Civil Veterinary Dept. Assam report 1911-1927 - 1911-1927
Year: 1911
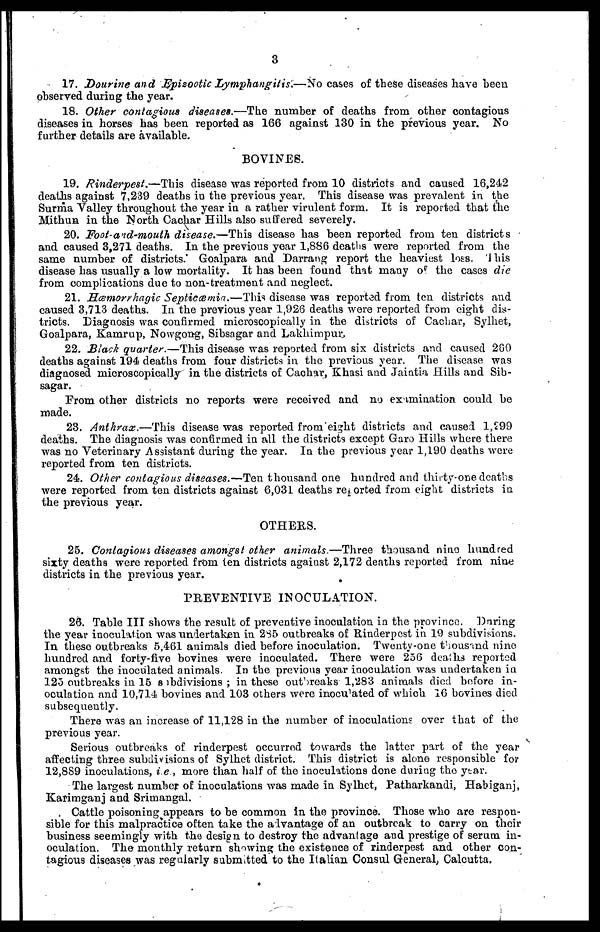
3
17. Dourine and Epizootic Lymphangitis.—No cases of these diseases have been
observed during the year.
18. Other contagious diseases.—The number of deaths from other contagious
diseases in horses has been reported as 166 against 130 in the previous year. No
further details are available.
BOVINES.
19. Rinderpest,—This disease was reported from 10 districts and caused 16,242
deaths against 7,239 deaths in the previous year. This disease was prevalent in the
Surma Valley throughout the year in a rather virulent form. It is reported that the
Mithun in the North Cachar Hills also suffered severely.
20. Foot-and-mouth disease.—This disease has been reported from ten districts
and caused 3,271 deaths. In the previous year 1,886 deaths were reported from the
same number of districts. Goalpara and Darrang report the heaviest loss This
disease has usually a low mortality. It has been found that many of the cases die
from complications due to non-treatment and neglect.
21. Hæmorrhagic Septicæmia.—This disease was reported from ten districts and
caused 3,713 deaths. In the previous year 1,926 deaths were reported from eight dis-
tricts. Diagnosis was confirmed microscopically in the districts of Cachar., Sylhet,
Goalpara, Kamrup, Nowgong, Sibsagar and Lakhimpur.
22. Black quarter.—This disease was reported from six districts and caused 280
deaths against 194 deaths from four districts in the previous year. The disease was
diagnosed microscopically in the districts of Cachar, Khasi and Jaintia Hills and Sib-
sagar.
From other districts no reports were received and no eximination could be
made.
23. Anthrax.—This disease was reported from eight districts and caused 1,299
deaths. The diagnosis was confirmed in all the districts except Garo Hills where there
was no Veterinary Assistant during the year. In the previous year 1,190 deaths were
reported from ten districts.
24. Other contagious diseases.—Ten thousand one hundred and thirty-one deaths
were reported from ten districts against 6,031 deaths reported from eight districts in
the previous year.
OTHERS.
25. Contagious diseases amongst other animals.—Three thousand nine hundred
sixty deaths were reported from ten districts against 2,172 deaths reported from nine
districts in the previous year.
PREVENTIVE INOCULATION.
26. Table III shows the result of preventive inoculation in the province. Daring
the year inoculation was undertaken in 285 outbreaks of Rinderpest in 19 subdivisions.
In these outbreaks 5,461 animals died before inoculation. Twenty-one thousand nine
hundred and forty-five bovines were inoculated. There were 256 deaths reported
amongst the inoculated animals. In the previous year inoculation was undertaken in
125 outbreaks in 15 subdivisions ; in these outbreaks 1,283 animals died before in-
oculation and 10,714 bovines and 103 others were inoculated of which 16 bovines died
subsequently.
There was an increase of 11,128 in the number of inoculations over that of the
previous year.
Serious outbreaks of rinderpest occurred towards the latter part of the year
affecting three subdivisions of Sylhet district. This district is alone responsible for
12,889 inoculations, i e , more than half of the inoculations done during the year.
The largest number of inoculations was made in Sylhet, Patharkandi, Habiganj,
Karimganj and Srimangal.
Cattle poisoning appears to be common in the province. Those who are respon-
sible for this malpractice often take the advantage of an outbreak to carry on their
business seemingly with the design to destroy the advantage and prestige of serum in-
oculation. The monthly return showing the existence of rinderpest and other con-
tagious diseases was regularly submitted to the Italian Consul General; Calcutta.